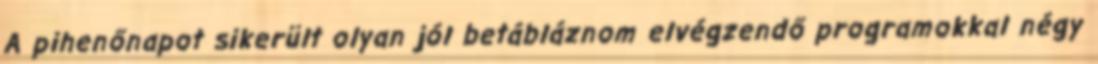
A pihenőnapot sikerült olyan jól betábláznom elvégzendő programokkal négy